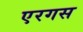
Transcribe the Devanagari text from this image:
एरगस